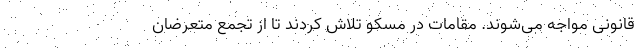
قانونی مواجه می‌شوند. مقامات در مسکو تلاش کردند تا از تجمع متعرضان